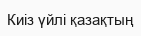
Киіз үйлі қазақтың